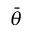
\bar { \theta }